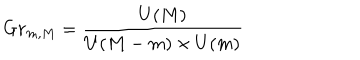
LaTeX: G r _ { m , M } = \frac { U ( M ) } { U ( M - m ) \times U ( m ) }